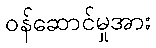
ဝန်ဆောင်မှုအား